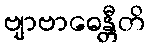
ဗျာဗာဓေန္တီတိ